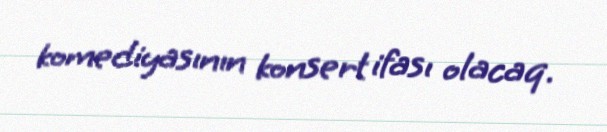
komediyasının konsert ifası olacaq.